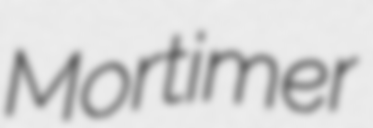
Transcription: Mortimer